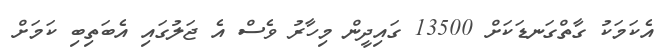
އެކަމަކު ގާތްގަނޑަކަށް 13500 ގައިދީން މިހާރު ވެސް އެ ޖަލުގައި އެބަތިބި ކަމަށް